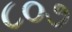
૮૦૭